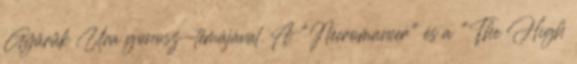
Gyűrűk Ura gonosz-témájával. A "Necromancer" és a "The High